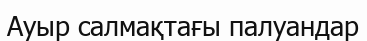
Ауыр салмақтағы палуандар